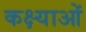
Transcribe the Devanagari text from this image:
कक्ष्याओं